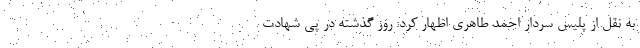
به نقل از پلیس سردار احمد طاهری اظهار کرد: روز گذشته در پی شهادت